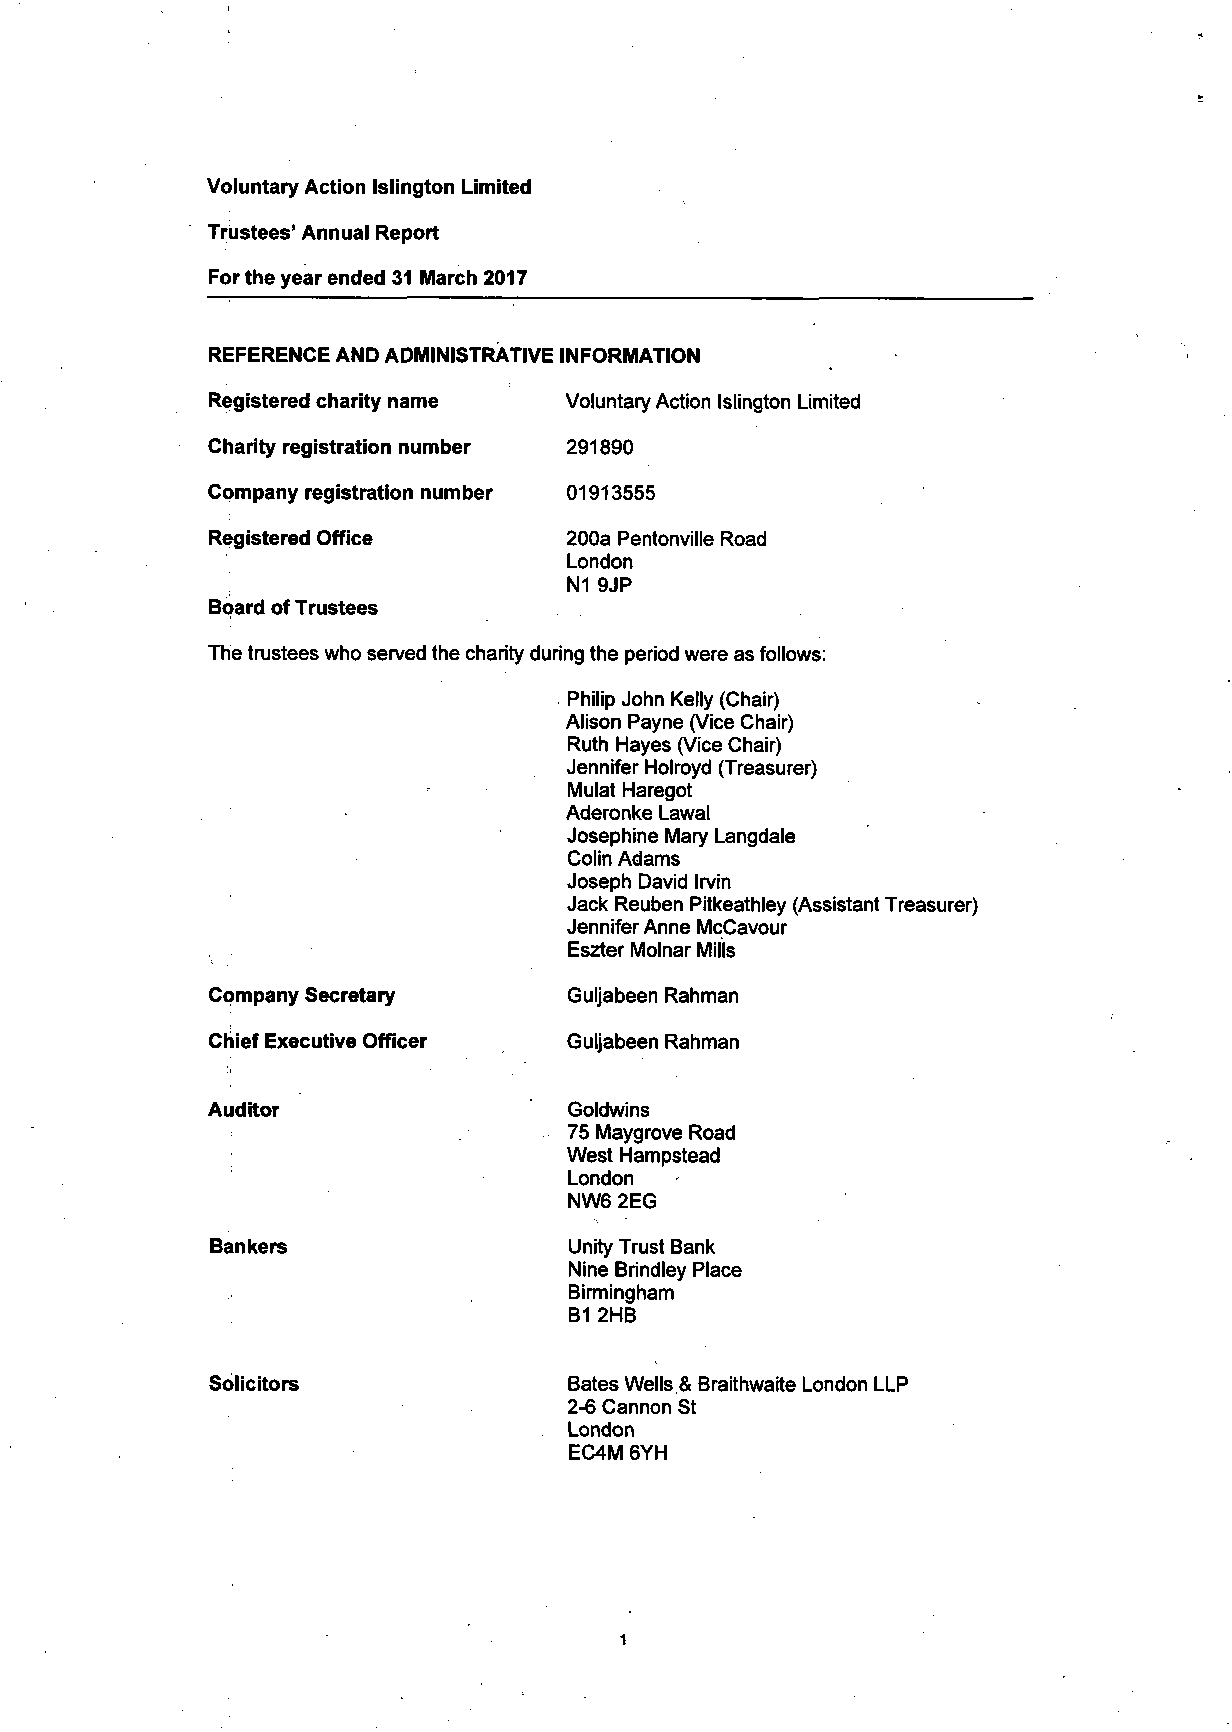
Voluntary Action Islington Limited
 Trustees' Annual Report
 For the year ended 31 March 2017
 REFERENCE AND ADMINISTRATIVE INFORMATION
 Registered charity name Voluntary Action Islington Limited
 Charity registration number 291890
 Company registration number 01913555
 Registered Office       200a Pentonville Road
 London
 N1 9JP
 Board of Trustees
 The trustees who served the charity during the period were as follows:
 Philip John Kelly (Chair)
 Alison Payne (Vice Chair)
 Ruth Hayes (Vice Chair)
 Jennifer Holroyd (Treasurer)
 Mulat Haregot
 Aderonke Lawal
 Josephine Mary Langdale
 Colin Adams
 Joseph David Irvin
 Jack Reuben Pitkeathley (Assistant Treasurer)
 Jennifer Anne McCavour
 Eszter Molnar Mills
 Company Secretary       Guljabeen Rahman
 Chief Executive Officer Guljabeen Rahman
 Auditor                 Goldwins
 75 Maygrove Road
 West Hampstead
 London
 NW6 2EG
 Bankers                 Unity Trust Bank
 Nine Brindley Place
 Birmingham
 B1 2HB
 Solicitors              Bates Wells.& Braithwaite London LLP
 2-6 Cannon St
 London
 EC4M 6YH